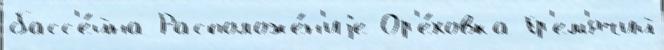
басс'е́йна Расположе́н'иjе Ор'е́ховка Гр'ем'ячий